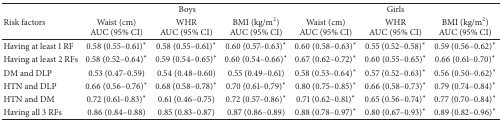
<table><thead><tr><td rowspan="2"><b>Risk factors</b></td><td colspan="3"><b>Boys</b></td><td colspan="3"><b>Girls</b></td></tr><tr><td><b>Waist (cm)AUC (95% CI)</b></td><td><b>WHRAUC (95% CI)</b></td><td><b>BMI (kg/m<sup>2</sup>)AUC (95% CI)</b></td><td><b>Waist (cm)AUC (95% CI)</b></td><td><b>WHRAUC (95% CI)</b></td><td><b>BMI (kg/m<sup>2</sup>)AUC (95% CI)</b></td></tr></thead><tbody><tr><td>Having at least 1 RF</td><td>0.58 (0.55–0.61)*</td><td>0.58 (0.55–0.61)*</td><td>0.60 (0.57–0.63)*</td><td>0.60 (0.58–0.63)*</td><td>0.55 (0.52–0.58)*</td><td>0.59 (0.56–0.62)*</td></tr><tr><td>Having at least 2 RFs</td><td>0.58 (0.52–0.64)*</td><td>0.59 (0.54–0.65)*</td><td>0.60 (0.54–0.66)*</td><td>0.67 (0.62–0.72)*</td><td>0.60 (0.55–0.65)*</td><td>0.66 (0.61–0.70)*</td></tr><tr><td>DM and DLP</td><td>0.53 (0.47–0.59)</td><td>0.54 (0.48–0.60)</td><td>0.55 (0.49–0.61)</td><td>0.58 (0.53–0.64)*</td><td>0.57 (0.52–0.63)*</td><td>0.56 (0.50–0.62)*</td></tr><tr><td>HTN and DLP</td><td>0.66 (0.56–0.76)*</td><td>0.68 (0.58–0.78)*</td><td>0.70 (0.61–0.79)*</td><td>0.80 (0.75–0.85)*</td><td>0.66 (0.58–0.73)*</td><td>0.79 (0.74–0.84)*</td></tr><tr><td>HTN and DM</td><td>0.72 (0.61–0.83)*</td><td>0.61 (0.46–0.75)</td><td>0.72 (0.57–0.86)*</td><td>0.71 (0.62–0.81)*</td><td>0.65 (0.56–0.74)*</td><td>0.77 (0.70–0.84)*</td></tr><tr><td>Having all 3 RFs</td><td>0.86 (0.84–0.88)</td><td>0.85 (0.83–0.87)</td><td>0.87 (0.86–0.89)</td><td>0.88 (0.78–0.97)*</td><td>0.80 (0.67–0.93)*</td><td>0.89 (0.82–0.96)*</td></tr></tbody></table>